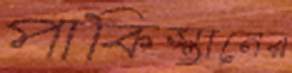
পাকিস্তানের